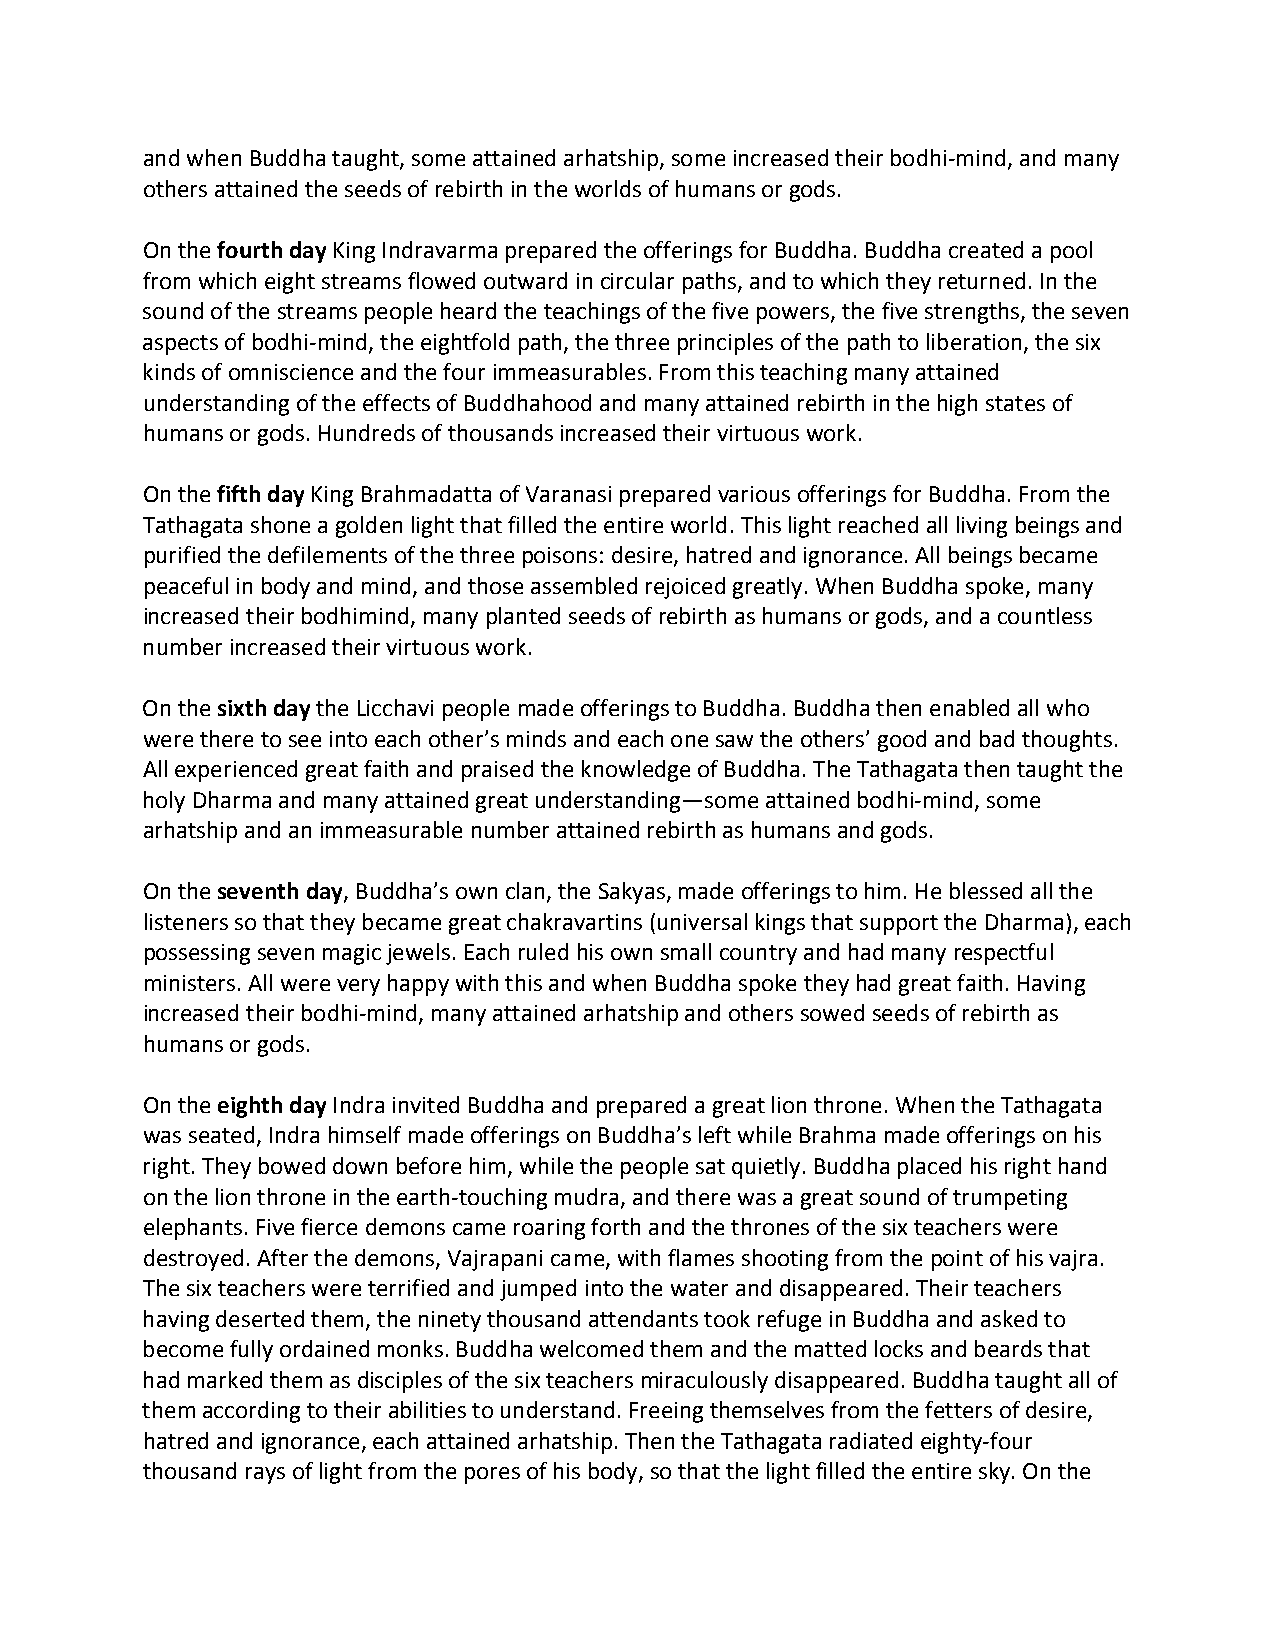
and when Buddha taught, some attained arhatship, some increased their bodhi‐mind, and many
 others attained the seeds of rebirth in the worlds of humans or gods.
 On the fourth day King Indravarma prepared the offerings for Buddha. Buddha created a pool
 from which eight streams flowed outward in circular paths, and to which they returned. In the
 sound of the streams people heard the teachings of the five powers, the five strengths, the seven
 aspects of bodhi‐mind, the eightfold path, the three principles of the path to liberation, the six
 kinds of omniscience and the four immeasurables. From this teaching many attained
 understanding of the effects of Buddhahood and many attained rebirth in the high states of
 humans or gods. Hundreds of thousands increased their virtuous work.
 On the fifth day King Brahmadatta of Varanasi prepared various offerings for Buddha. From the
 Tathagata shone a golden light that filled the entire world. This light reached all living beings and
 purified the defilements of the three poisons: desire, hatred and ignorance. All beings became
 peaceful in body and mind, and those assembled rejoiced greatly. When Buddha spoke, many
 increased their bodhimind, many planted seeds of rebirth as humans or gods, and a countless
 number increased their virtuous work.
 On the sixth day the Licchavi people made offerings to Buddha. Buddha then enabled all who
 were there to see into each other’s minds and each one saw the others’ good and bad thoughts.
 All experienced great faith and praised the knowledge of Buddha. The Tathagata then taught the
 holy Dharma and many attained great understanding—some attained bodhi‐mind, some
 arhatship and an immeasurable number attained rebirth as humans and gods.
 On the seventh day, Buddha’s own clan, the Sakyas, made offerings to him. He blessed all the
 listeners so that they became great chakravartins (universal kings that support the Dharma), each
 possessing seven magic jewels. Each ruled his own small country and had many respectful
 ministers. All were very happy with this and when Buddha spoke they had great faith. Having
 increased their bodhi‐mind, many attained arhatship and others sowed seeds of rebirth as
 humans or gods.
 On the eighth day Indra invited Buddha and prepared a great lion throne. When the Tathagata
 was seated, Indra himself made offerings on Buddha’s left while Brahma made offerings on his
 right. They bowed down before him, while the people sat quietly. Buddha placed his right hand
 on the lion throne in the earth‐touching mudra, and there was a great sound of trumpeting
 elephants. Five fierce demons came roaring forth and the thrones of the six teachers were
 destroyed. After the demons, Vajrapani came, with flames shooting from the point of his vajra.
 The six teachers were terrified and jumped into the water and disappeared. Their teachers
 having deserted them, the ninety thousand attendants took refuge in Buddha and asked to
 become fully ordained monks. Buddha welcomed them and the matted locks and beards that
 had marked them as disciples of the six teachers miraculously disappeared. Buddha taught all of
 them according to their abilities to understand. Freeing themselves from the fetters of desire,
 hatred and ignorance, each attained arhatship. Then the Tathagata radiated eighty‐four
 thousand rays of light from the pores of his body, so that the light filled the entire sky. On the